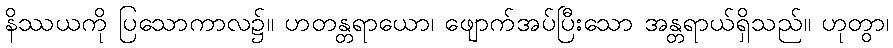
နိဿယကို ပြသောကာလ၌။ ဟတန္တရာယော၊ ဖျောက်အပ်ပြီးသော အန္တရာယ်ရှိသည်။ ဟုတွာ၊